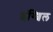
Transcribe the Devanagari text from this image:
इंग्शिल